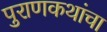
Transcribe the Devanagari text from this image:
पुराणकथांचा